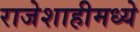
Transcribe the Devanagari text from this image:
राजेशाहीमध्ये